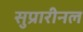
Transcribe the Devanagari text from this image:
सुप्रारीनल